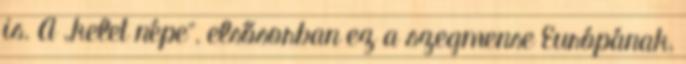
is. A „kelet népe”, elsősorban ez a szegmense Európának,